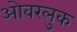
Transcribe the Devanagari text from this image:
ओवरलुक